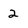
Character: 2